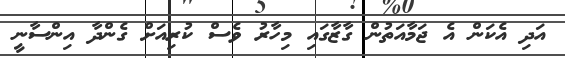
އަދި އެކަން އެ ޖަމާއަތުން ގާޒާގައި މިހާރު ވެސް ކުރިއަށް ގެންދާ އިންސާނީ